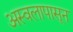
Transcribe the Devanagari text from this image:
अस्वलापासून